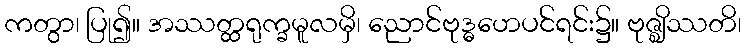
ကတွာ၊ ပြု၍။ အဿတ္ထရုက္ခမူလမှိ၊ ညောင်ဗုဒ္ဓဟေပင်ရင်း၌။ ဗုဇ္ဈိဿတိ၊